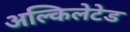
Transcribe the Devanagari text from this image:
अल्किलेटेड